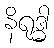
နိရုဒ္ဓါ